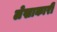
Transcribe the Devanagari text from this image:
लेखाकारी